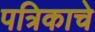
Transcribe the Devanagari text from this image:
पत्रिकाचे